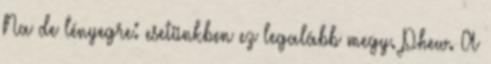
Na de lényegre: esetünkben ez legalább megy. Phew. A